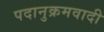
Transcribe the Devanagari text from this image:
पदानुक्रमवादी